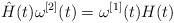
LaTeX: \begin{align*}\hat H(t) \omega^{[2]}(t)=\omega^{[1]}(t) H(t)\end{align*}